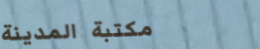
مكتبة المدينة